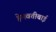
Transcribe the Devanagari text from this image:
हेमवतीबाई